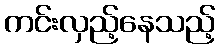
ကင်းလှည့်နေသည့်